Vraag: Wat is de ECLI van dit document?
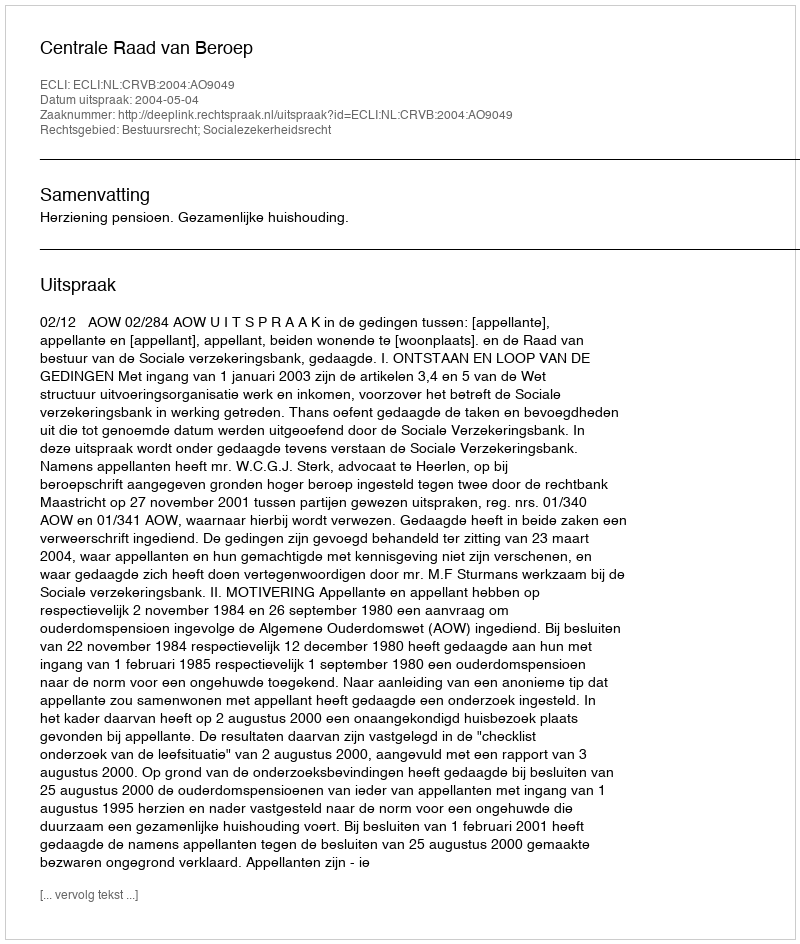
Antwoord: ECLI:NL:CRVB:2004:AO9049